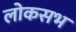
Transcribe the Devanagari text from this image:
लोकसभ